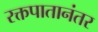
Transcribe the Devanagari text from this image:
रक्तपातानंतर